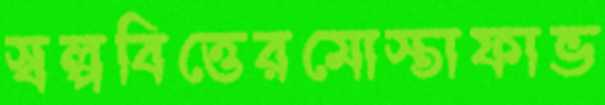
স্বল্পবিত্তেরমোস্তাফাভ